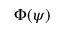
\Phi ( \psi )